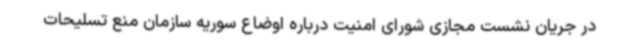
در جریان نشست مجازی شورای امنیت درباره اوضاع سوریه سازمان منع تسلیحات